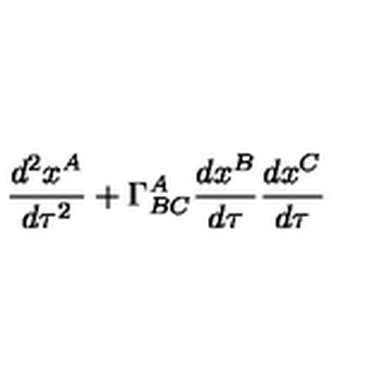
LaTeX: \frac { d ^ { 2 } x ^ { A } } { d \tau ^ { 2 } } + \Gamma _ { B C } ^ { A } \frac { d x ^ { B } } { d \tau } \frac { d x ^ { C } } { d \tau }